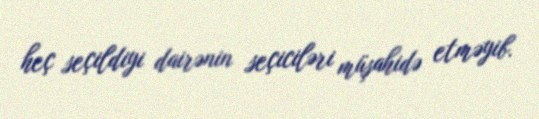
heç seçildiyi dairənin seçiciləri müşahidə etməyib.